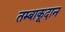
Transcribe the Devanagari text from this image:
तम्बाकूदान